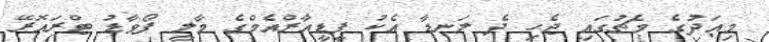
މިއަދުގެ މެޗުގައި ޖެހި ދެ ލަނޑާ އެކު ޕީޑީއާރްއެމްގެ މާލީ ފޯވާޑު ޓްރައޮރޭ